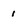
Character: i